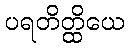
ပရတိတ္ထိယေ